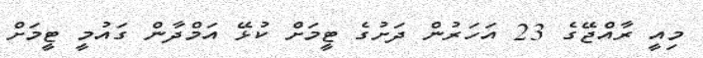
މިއީ ރާއްޖޭގެ 23 އަހަރުން ދަށުގެ ޓީމަށް ކުޅޭ އަމްދާން ގައުމީ ޓީމަށް